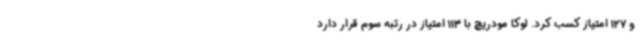
و 127 امتیاز کسب کرد. لوکا مودریچ با 113 امتیاز در رتبه سوم قرار دارد